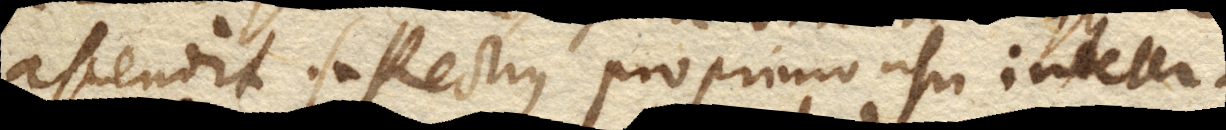
ascendit. (+ Rectus pro primo usu indeter–